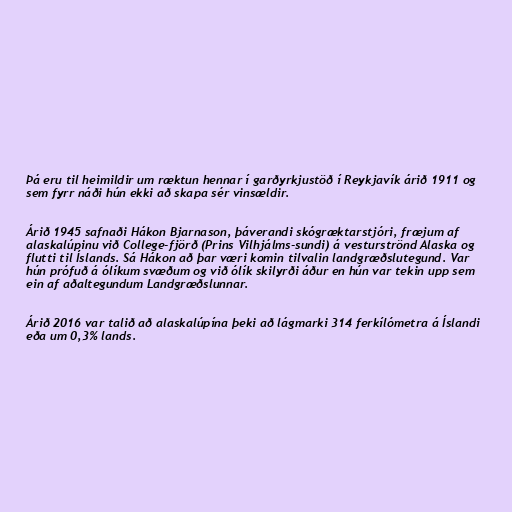
Þá eru til heimildir um ræktun hennar í garðyrkjustöð í Reykjavík árið 1911 og
sem fyrr náði hún ekki að skapa sér vinsældir.

Árið 1945 safnaði Hákon Bjarnason, þáverandi skógræktarstjóri, fræjum af
alaskalúpinu við College-fjörð (Prins Vilhjálms-sundi) á vesturströnd Alaska og
flutti til Íslands. Sá Hákon að þar væri komin tilvalin landgræðslutegund. Var
hún prófuð á ólíkum svæðum og við ólík skilyrði áður en hún var tekin upp sem
ein af aðaltegundum Landgræðslunnar.

Árið 2016 var talið að alaskalúpína þeki að lágmarki 314 ferkílómetra á Íslandi
eða um 0,3% lands.